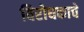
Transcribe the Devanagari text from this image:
विरोधकाचे